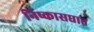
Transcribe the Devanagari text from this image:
निष्कासघात